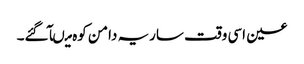
عین اسی وقت ساریہ دامن کوہ میںآ گئے۔